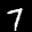
Label: 7